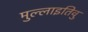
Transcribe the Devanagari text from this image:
मुल्लाइतिवु